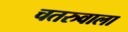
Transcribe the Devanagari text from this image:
चतरुवाला